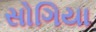
સોગિયા